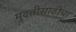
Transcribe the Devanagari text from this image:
मुदतीसाठीचा